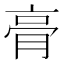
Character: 𮌔